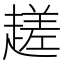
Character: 䟀